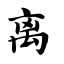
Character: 离